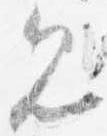
見